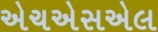
એચએસએલ